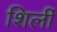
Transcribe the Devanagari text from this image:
शिर्ली